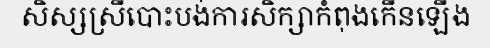
សិស្សស្រីបោះបង់ការសិក្សាកំពុងកើនឡើង